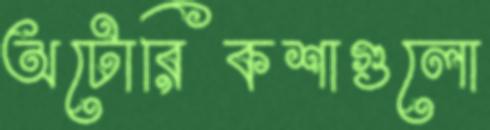
অটোরিকশাগুলো